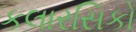
કલારસિકો